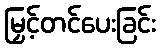
မြှင့်တင်ပေးခြင်း